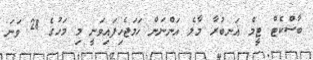
ބާސްކެޓް ޓީމް އަނބުރާ މާލެ އަންނަން ހަމަޖެހިފައިވަނީ މި މަހުގެ 28 ވަނަ